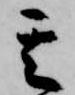
其